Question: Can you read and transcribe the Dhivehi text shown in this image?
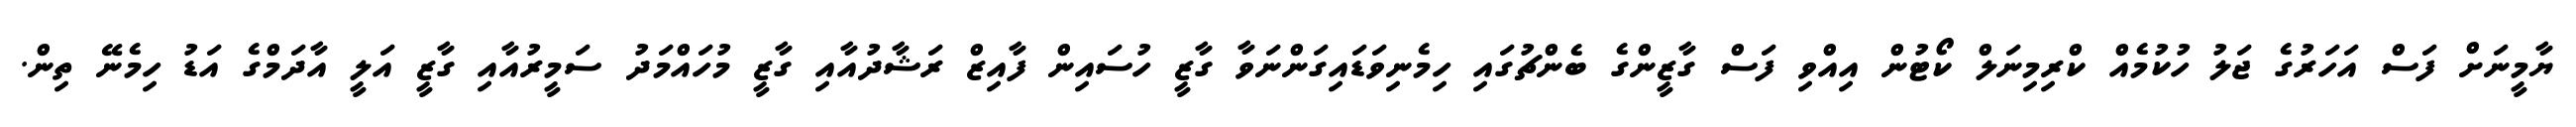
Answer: ޔާމީނަށް ފަސް އަހަރުގެ ޖަލު ހުކުމެއް ކްރިމިނަލް ކޯޓުން އިއްވި ފަސް ގާޒީންގެ ބެންޗުގައި ހިމެނިވަޑައިގަންނަވާ ގާޒީ ހުސައިން ފާއިޒް ރަޝާދުއާއި ގާޒީ މުހައްމަދު ސަމީރުއާއި ގާޒީ އަލީ އާދަމްގެ އަޑު ހިމެނޭ ތިން.